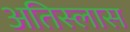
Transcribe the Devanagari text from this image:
अतिस्लास